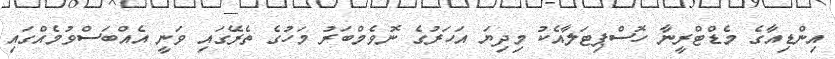
އިންޑިއާގެ މެޑްޓްރީނާ ހޮސްޕިޓަލާއެކު މިދިޔަ އަހަރުގެ ނޮވެމްބަރު މަހުގެ ތެރޭގައި ވަނީ އެއްބަސްވުމެއްގައި